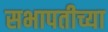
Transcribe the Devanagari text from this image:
सभापतीच्या